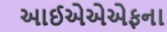
આઈએએએફના